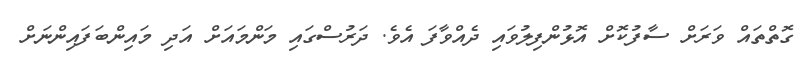
ގޮތްތައް ވަރަށް ސާފުކޮށް އޮޅުންފިލުވައި ދެއްވާފަ އެވެ. ދަރުސްގައި މަންމައަށް އަދި މައިންބަފައިންނަށް